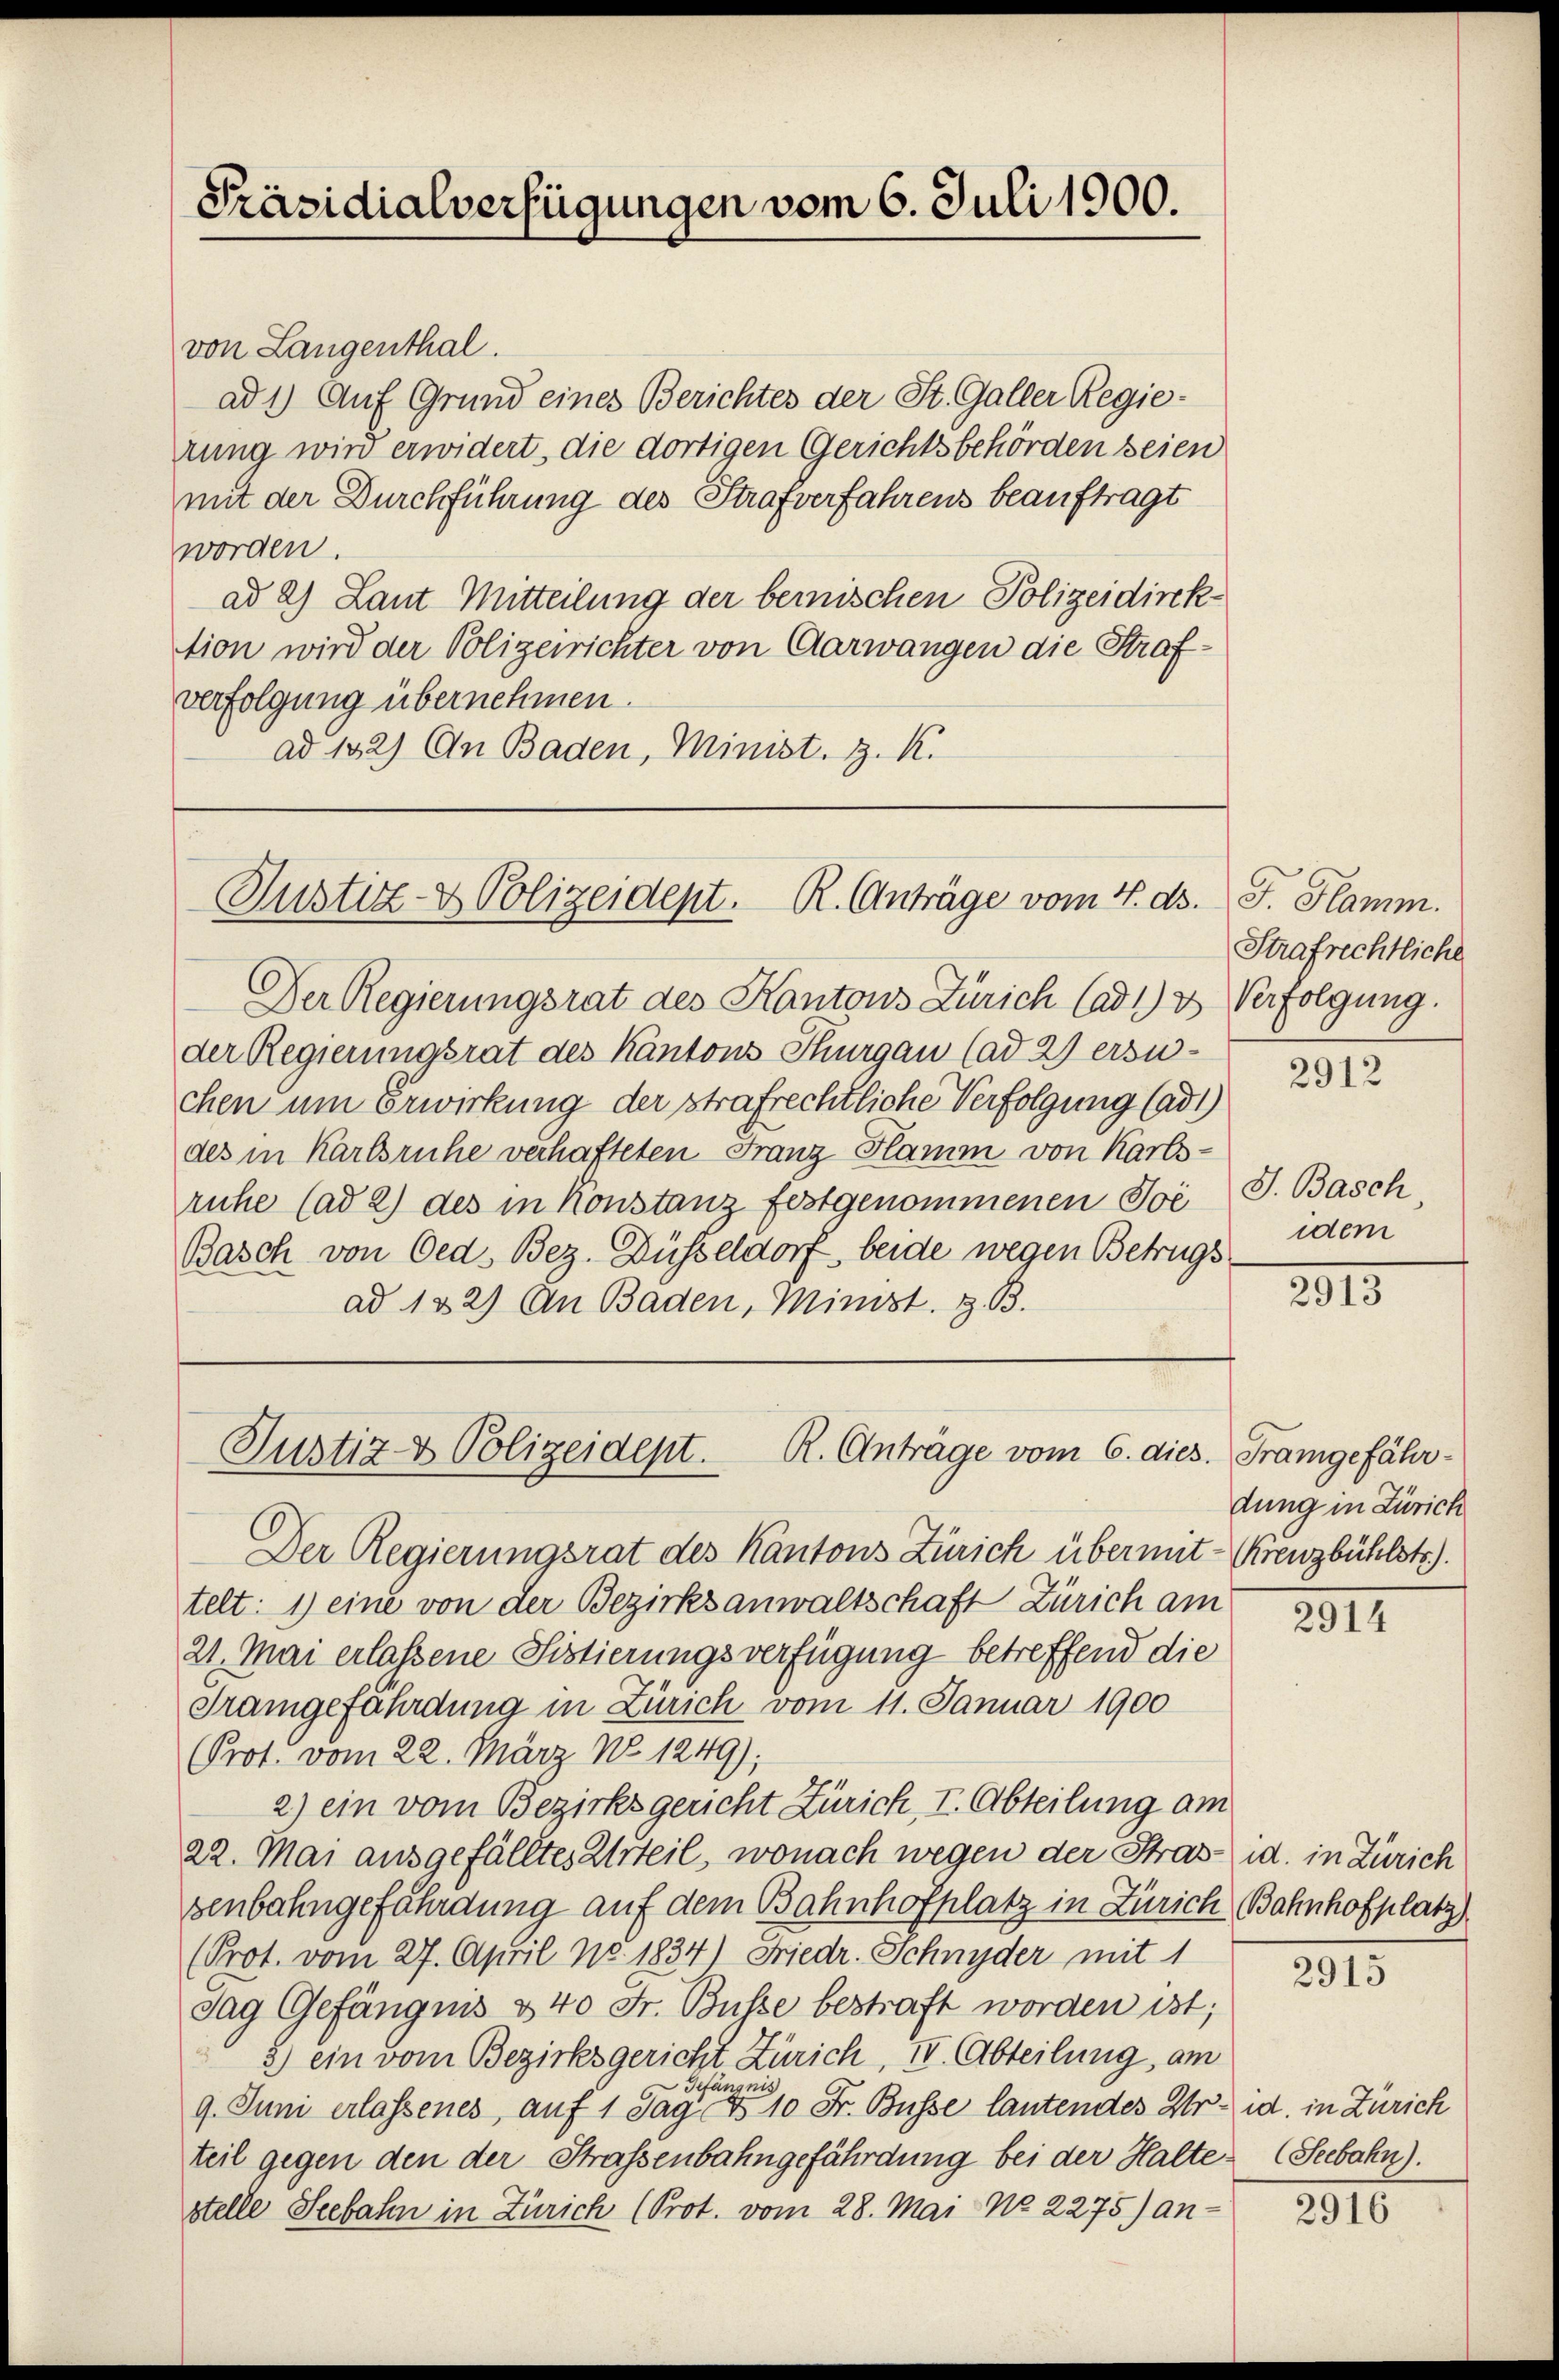
von Langenthal.
ad 1) Auf Grund eines Berichtes der St. Galler Regierung wird erwidert, die dortigen Gerichtsbehörden seien
mit der Durchführung des Strafverfahrens beauftragt
worden.
ad 2) Laut Mitteilung der bemischen Polizeidirektion wird der Polizeirichter von Aarwangen die Strafverfolgung übernehmen.
ad 132) An Baden, Minist. Z. K.

Präsidialverfügungen vom 6. Juli 1900.

Justiz- & Polizeident. R. Anträge vom 4. ds.

Der Regierungsrat des Kantons Zürich (ad1) & Verfolgung.
der Regierungsrat des Kantons Thurgau (ad 2) ersu-
chen um Erwirkung der strafrechtliche Verfolgung (ad1)
des in Karlsruhe verhafteten Franz Flamm von Karlsruhe (ad 2) des in konstanz festgenommenen Joć J. Basch
Basch von Oed. Bez. Düsseldorf, beide wegen Betrugs
ad 122) An Baden, Minist. Z. B.

Justiz- & Polizeidept.
R. Anträge vom 6. dies. Frangefähr¬

Der Regierungsrat des Kantons Zürich übermit Kreuzbühlstr.).
telt: 1) eine von der Bezirksanwaltschaft Zürich am
21. Mai erlassene Sistierungsverfügung betreffend die
Tramgefährdung in Zürich vom 11. Januar 1900
Prot. vom 22. März No 1249);
2) ein vom Bezirksgericht Zürich, I. Abteilung am
22. Mai ausgefälltes Urteil, wonach wegen der Strasid. in Zürich
senbahngefährdung auf dem Bahnhofplatz in Zürich Bahnhofplatz
(Prot. vom 27. April No. 1834) Friedr. Schnyder mit 1
Sag Gefängnis u 40 Fr. Busse bestraft worden ist;
8) ein vom Bezirksgericht Zürich, IV. Abteilung, am
fängn
9. Juni erlassenes, auf 1 Jag No 10 Fr. Busse lautendes Krid. in Zürich
teil gegen den der Strassenbahngefährdung bei der Haltestelle Seebahn in Zürich (Prot. vom 28. Mai No 2275) an-

J. Flamm.
Strafrechtliche

2912

idem

2913

dung in Zürich

291

2915

Seebahn).

2916